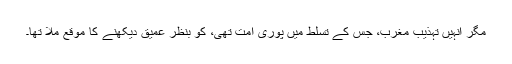
مگر انہیں تہذیبِ مغرب، جس کے تسلط میں پوری امت تھی، کو بنظرِ عمیق دیکھنے کا موقع ملا تھا۔